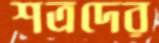
শত্রদের